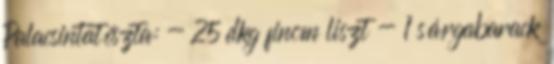
Palacsintatészta: - 25 dkg finom liszt - 1 sárgabarack